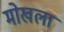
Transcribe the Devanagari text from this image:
मोखला